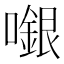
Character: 𡁬